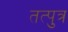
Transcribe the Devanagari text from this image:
तत्पुत्र